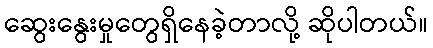
ဆွေးနွေးမှုတွေရှိနေခဲ့တာလို့ ဆိုပါတယ်။